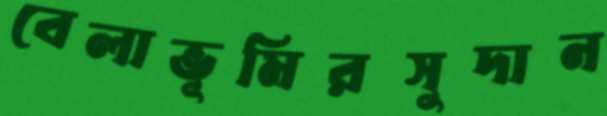
বেলাভূমিরসুদান